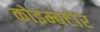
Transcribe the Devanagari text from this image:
कोइम्बटोर